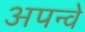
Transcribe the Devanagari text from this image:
अपन्वे